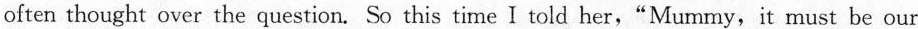
often thought over the question. So this time I told her,"Mummy,it must be our